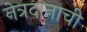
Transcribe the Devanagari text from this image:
नेत्रदानाची